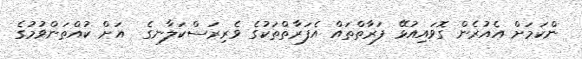
ންކަމަށް އެއުރެން ގޮވައިއުޅޭ ފަރާތްތައް އެފަރާތްތަކުގެ ވެރިރަސްކަލާނގެ  އަށް ކުއްތަންވުމުގެ